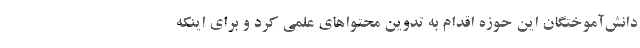
دانش‌آموختگان این حوزه اقدام به تدوین محتواهای علمی کرد و برای اینکه